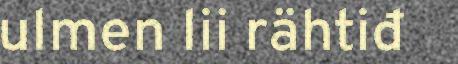
ulmen lii rähtiđ